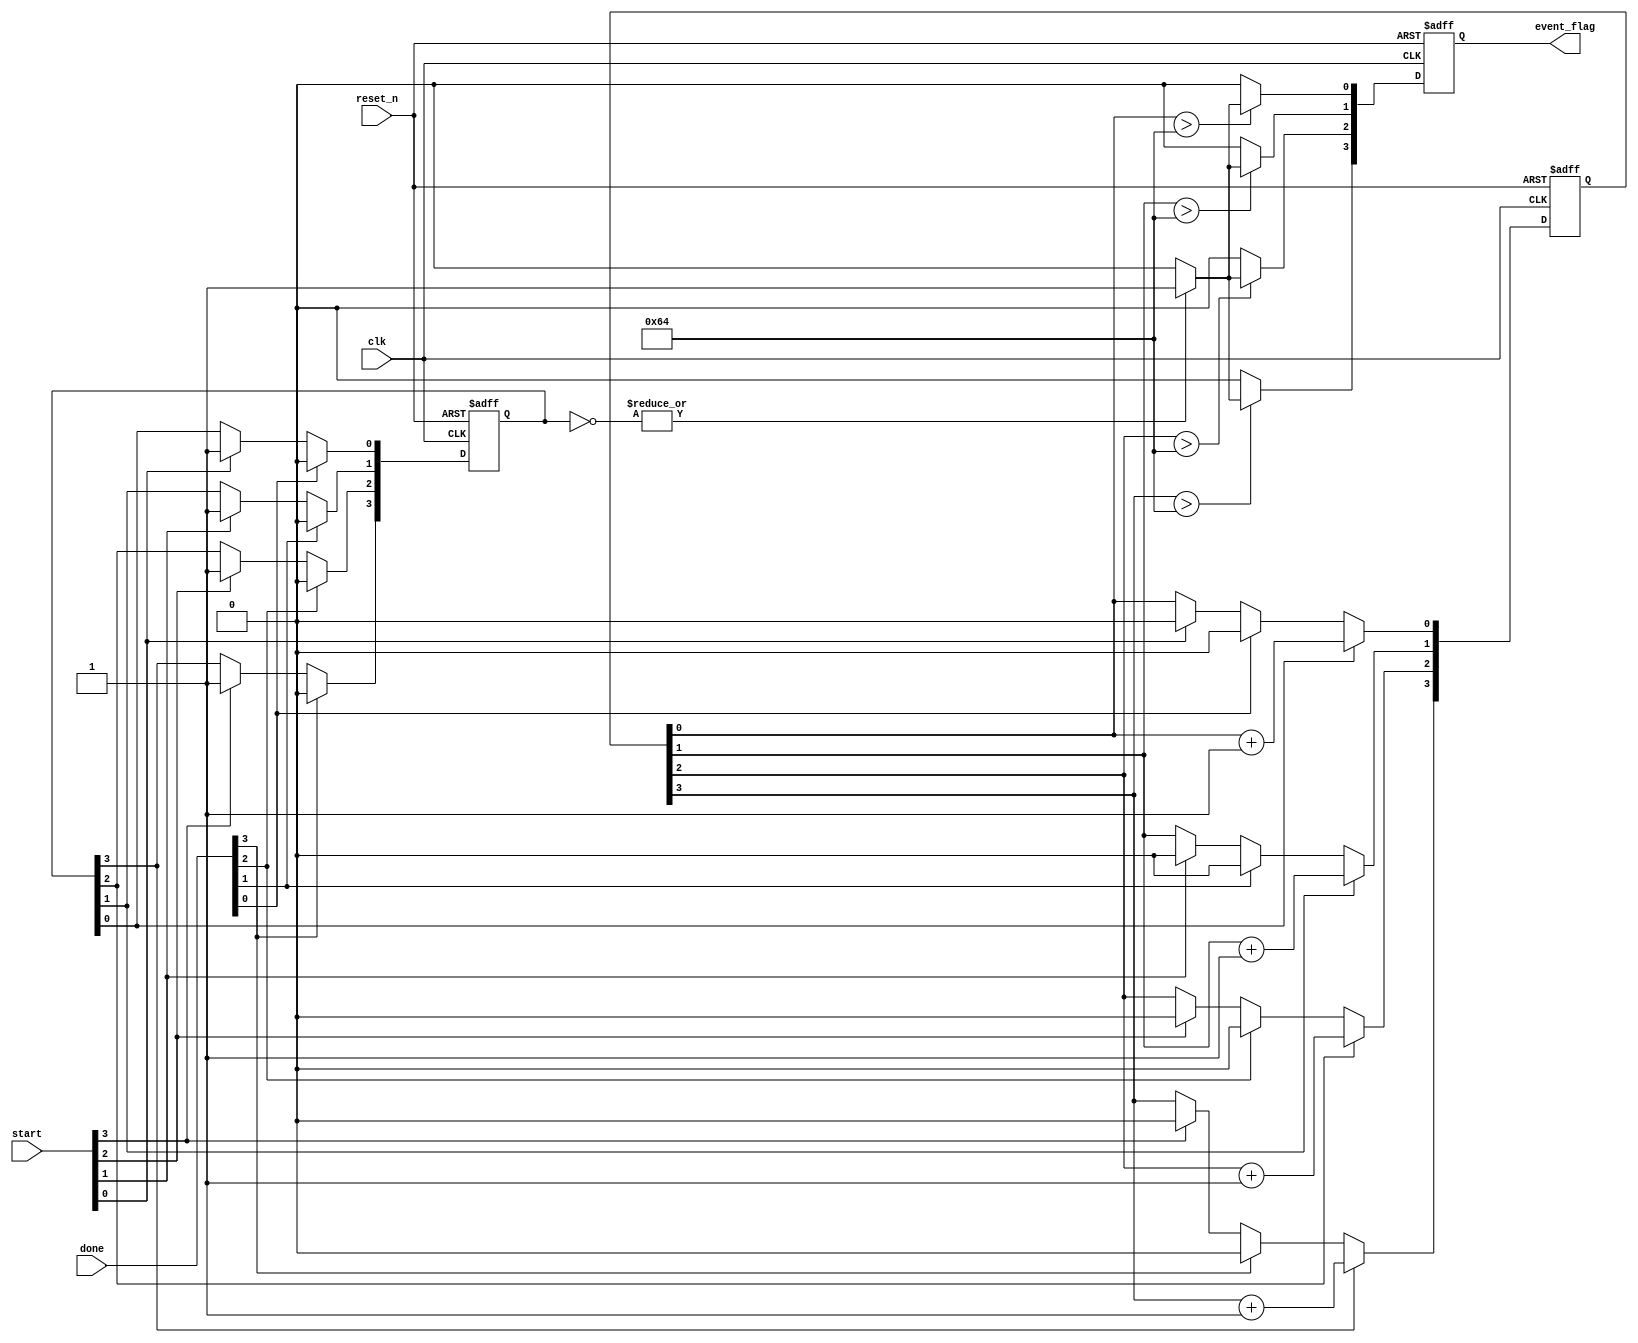
module MemoryBlocksTimeBorrowingDetector #(
    parameter NUM_BLOCKS = 4,          // Number of memory blocks
    parameter TIME_BUDGET = 100         // Time budget for each block
) (
    input wire clk,                     // Global clock
    input wire reset_n,                 // Active low reset
    input wire [NUM_BLOCKS-1:0] start, // Start signals for memory blocks
    input wire [NUM_BLOCKS-1:0] done,  // Done signals for memory blocks
    output reg [NUM_BLOCKS-1:0] event_flag // Event flags for time borrowing
);

    reg [NUM_BLOCKS-1:0] busy;          // Status registers for busy
    reg [NUM_BLOCKS-1:0] timing_monitor; // Timing monitors
    reg [NUM_BLOCKS-1:0] operation_time; // Track operation time
    reg [NUM_BLOCKS-1:0] idle_blocks;    // Track idle blocks

    integer i;

    // Initialization and monitoring
    always @(posedge clk or negedge reset_n) begin
        if (!reset_n) begin
            busy <= 0;
            timing_monitor <= 0;
            operation_time <= 0;
            event_flag <= 0;
        end else begin
            // Update busy status
            for (i = 0; i < NUM_BLOCKS; i = i + 1) begin
                if (start[i]) begin
                    busy[i] <= 1; // Set busy when operation starts
                    operation_time[i] <= 0; // Reset operation time
                end
                if (done[i]) begin
                    busy[i] <= 0; // Clear busy when operation is done
                    operation_time[i] <= 0; // Reset operation time
                end

                // Monitor operation time
                if (busy[i]) begin
                    operation_time[i] <= operation_time[i] + 1; // Increment operation time
                end
            end

            // Detect time borrowing events
            event_flag <= 0; // Reset event flags
            for (i = 0; i < NUM_BLOCKS; i = i + 1) begin
                // Check if operation time exceeds time budget
                if (operation_time[i] > TIME_BUDGET) begin
                    // Check for idle blocks to flag time borrowing
                    idle_blocks = ~busy; // Inverted busy status
                    if (|idle_blocks) begin // If there's at least one idle block
                        event_flag[i] <= 1; // Set event flag for time borrowing
                    end
                end
            end
        end
    end

endmodule